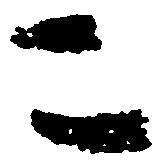
こ